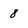
Character: 8